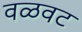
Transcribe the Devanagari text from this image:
वळवट